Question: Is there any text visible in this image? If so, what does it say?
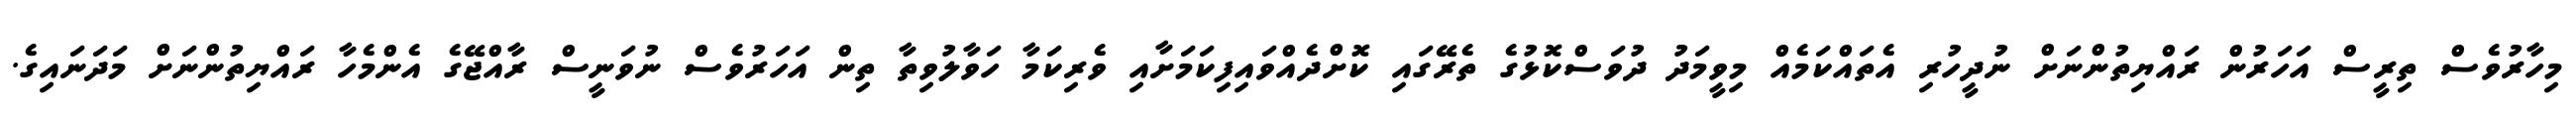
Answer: މިހާރުވެސް ތިރީސް އަހަރުން ރައްޔިތުންނަށް ނުދީހުރި އެތައްކަމެއް މިވީމަދު ދުވަސްކޮޅުގެ ތެރޭގައި ކޮށްދެއްވައިފިކަމަށާއި ވެރިކަމާ ހަވާލުވިތާ ތިން އަހަރުވެސް ނުވަނީސް ރާއްޖޭގެ އެންމެހާ ރައްޔިތުންނަށް މަދަނައިގެ.